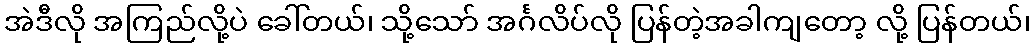
အဲဒီလို အကြည်လို့ပဲ ခေါ်တယ်၊ သို့သော် အင်္ဂလိပ်လို ပြန်တဲ့အခါကျတော့ လို့ ပြန်တယ်၊